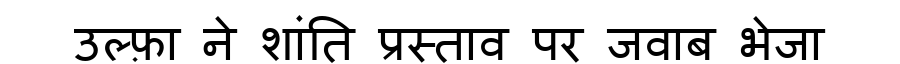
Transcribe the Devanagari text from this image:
उल्फ़ा ने शांति प्रस्ताव पर जवाब भेजा